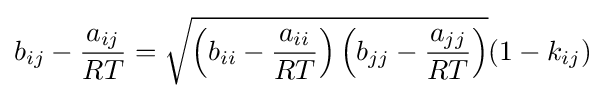
b_{ij}-{\frac {a_{ij}}{RT}}={\sqrt {\left(b_{ii}-{\frac {a_{ii}}{RT}}\right)\left(b_{jj}-{\frac {a_{jj}}{RT}}\right)}}(1-k_{ij})